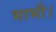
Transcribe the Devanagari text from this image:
भाभी।